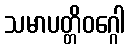
သမာပတ္တိဝဂ္ဂေါ